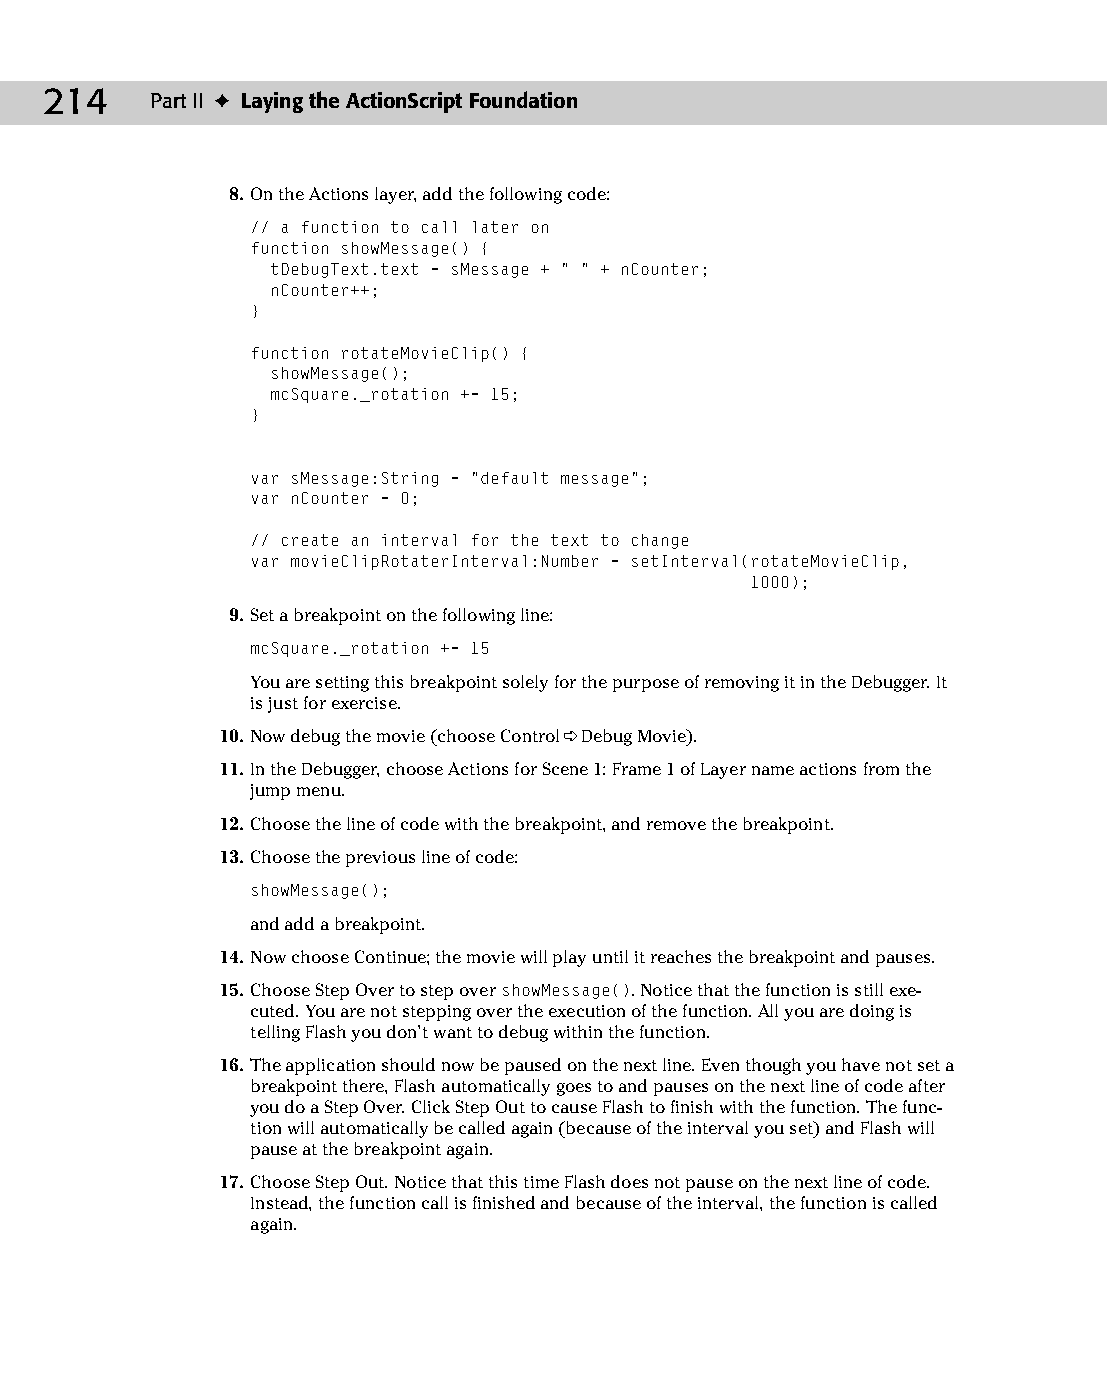
11 543547 ch08.qxd 3/24/04 3:49 PM Page 214
 214    Part II ✦ Laying the ActionScript Foundation
 8. On the Actions layer, add the following code:
 // a function to call later on
 function showMessage() {
 tDebugText.text = sMessage + “ “ + nCounter;
 nCounter++;
 }
 function rotateMovieClip() {
 showMessage();
 mcSquare._rotation += 15;
 }
 var sMessage:String = “default message”;
 var nCounter = 0;
 // create an interval for the text to change
 var movieClipRotaterInterval:Number = setInterval(rotateMovieClip,
 1000);
 9. Set a breakpoint on the following line:
 mcSquare._rotation += 15
 You are setting this breakpoint solely for the purpose of removing it in the Debugger. It
 is just for exercise.
 10. Now debug the movie (choose Control ➪ Debug Movie).
 11. In the Debugger, choose Actions for Scene 1: Frame 1 of Layer name actions from the
 jump menu.
 12. Choose the line of code with the breakpoint, and remove the breakpoint.
 13. Choose the previous line of code:
 showMessage();
 and add a breakpoint.
 14. Now choose Continue; the movie will play until it reaches the breakpoint and pauses.
 15. Choose Step Over to step over showMessage(). Notice that the function is still exe­
 cuted. You are not stepping over the execution of the function. All you are doing is
 telling Flash you don’t want to debug within the function.
 16. The application should now be paused on the next line. Even though you have not set a
 breakpoint there, Flash automatically goes to and pauses on the next line of code after
 you do a Step Over. Click Step Out to cause Flash to finish with the function. The func­
 tion will automatically be called again (because of the interval you set) and Flash will
 pause at the breakpoint again.
 17. Choose Step Out. Notice that this time Flash does not pause on the next line of code.
 Instead, the function call is finished and because of the interval, the function is called
 again.